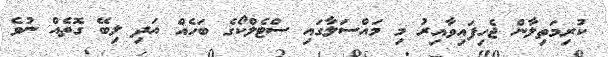
ކުރިމަތިލާން ޖެހިފައިވާއިރު މި މައްސަލާގައި ސްޓެލްކޯގެ ބަހެއް އަދި ލިބޭ ގޮތެއް ނުވެ